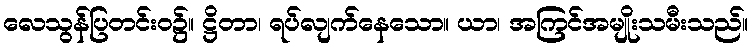
လေသွန်ပြတင်းဝ၌။ ဋ္ဌိတာ၊ ရပ်လျက်နေသော။ ယာ၊ အကြင်အမျိုးသမီးသည်။